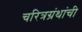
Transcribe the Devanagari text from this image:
चरित्रग्रंथांची